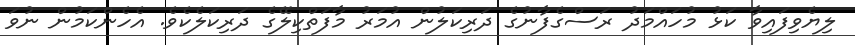
ލިޔެވިފައިވާ ކަޅު މުހައްމަދު ރަސްގެފާނުގެ ދަރިކަލުން އުމަރު މާފަތްކިލޭގެ ދަރިކަލެކެވެ. އެހެންކަމުން ނުވަ